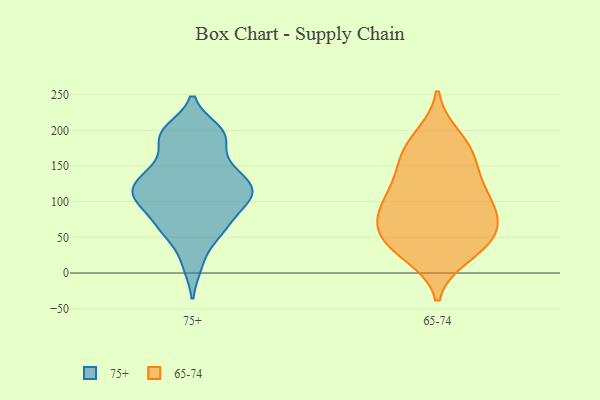
{"axis": {"x": "Satisfaction Score", "y": "Value"}, "legend": ["65-74", "75+"], "data": [{"x": "", "y": 145, "type": "75+"}, {"x": "", "y": 113, "type": "75+"}, {"x": "", "y": 185, "type": "75+"}, {"x": "", "y": 12, "type": "75+"}, {"x": "", "y": 147, "type": "75+"}, {"x": "", "y": 61, "type": "75+"}, {"x": "", "y": 94, "type": "75+"}, {"x": "", "y": 60, "type": "75+"}, {"x": "", "y": 93, "type": "75+"}, {"x": "", "y": 193, "type": "75+"}, {"x": "", "y": 113, "type": "75+"}, {"x": "", "y": 60, "type": "75+"}, {"x": "", "y": 200, "type": "75+"}, {"x": "", "y": 113, "type": "75+"}, {"x": "", "y": 195, "type": "75+"}, {"x": "", "y": 125, "type": "75+"}, {"x": "", "y": 139, "type": "75+"}, {"x": "", "y": 107, "type": "75+"}, {"x": "", "y": 190, "type": "65-74"}, {"x": "", "y": 178, "type": "65-74"}, {"x": "", "y": 129, "type": "65-74"}, {"x": "", "y": 159, "type": "65-74"}, {"x": "", "y": 117, "type": "65-74"}, {"x": "", "y": 101, "type": "65-74"}, {"x": "", "y": 40, "type": "65-74"}, {"x": "", "y": 71, "type": "65-74"}, {"x": "", "y": 78, "type": "65-74"}, {"x": "", "y": 53, "type": "65-74"}, {"x": "", "y": 51, "type": "65-74"}, {"x": "", "y": 162, "type": "65-74"}, {"x": "", "y": 36, "type": "65-74"}, {"x": "", "y": 82, "type": "65-74"}, {"x": "", "y": 26, "type": "65-74"}, {"x": "", "y": 102, "type": "65-74"}]}